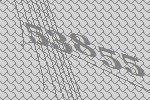
53855